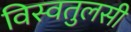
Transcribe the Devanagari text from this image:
विस्वतुलसी